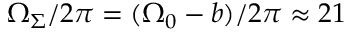
\Omega _ { \Sigma } / 2 \pi = ( \Omega _ { 0 } - b ) / 2 \pi \approx 2 1